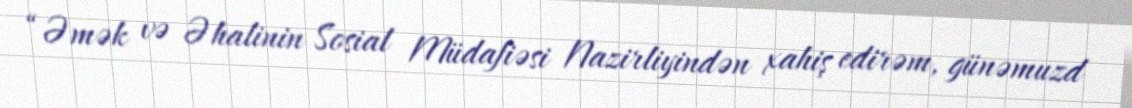
“Əmək və Əhalinin Sosial Müdafiəsi Nazirliyindən xahiş edirəm, günəmuzd